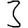
Digit: 3